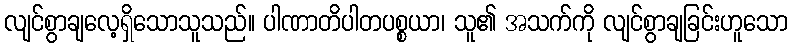
လျင်စွာချလေ့ရှိသောသူသည်။ ပါဏာတိပါတပစ္စယာ၊ သူ၏ အသက်ကို လျင်စွာချခြင်းဟူသော